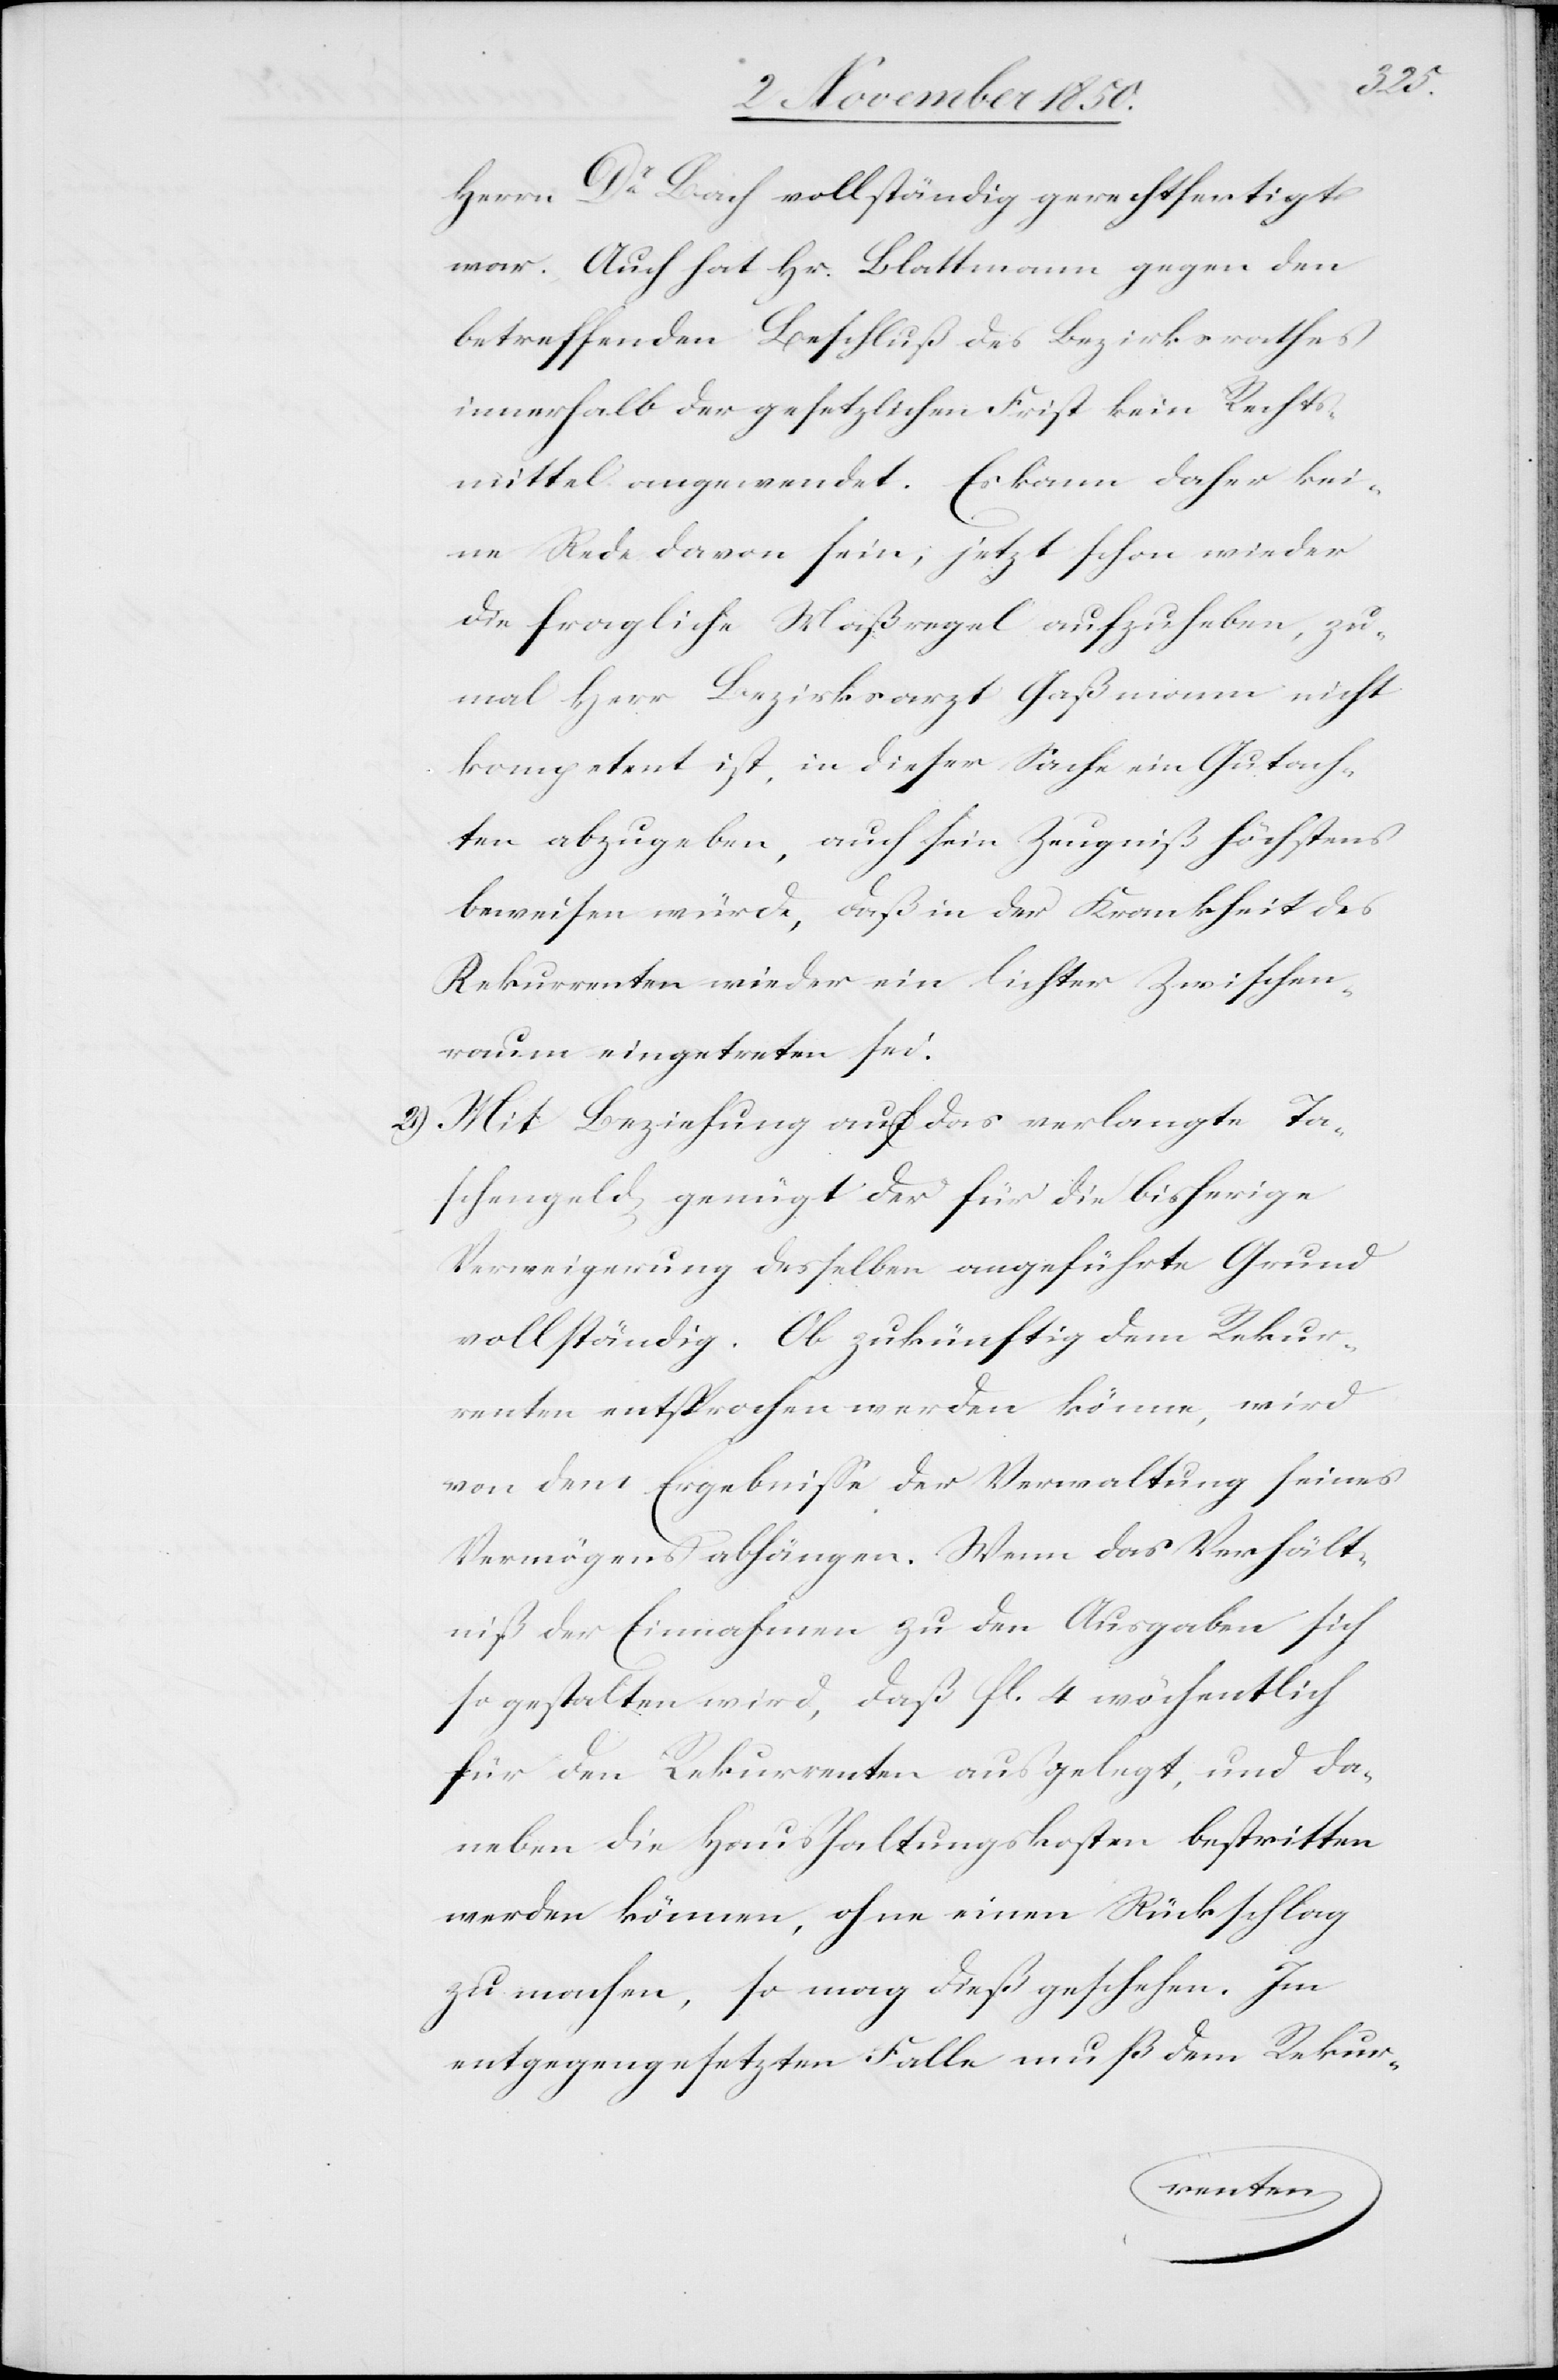
Herrn Dr Bach vollständig gerechtfertigt
war. Auch hat Hr. Blattmann gegen den
betreffenden Beschluß des Bezirksrathes
innerhalb der gesetzlichen Frist kein Rechts¬
mittel angewendet. Es kann daher kei¬
ne Rede davon sein, jetzt schon wieder
die fragliche Maßregel aufzuheben, zu¬
mal Herr Bezirksarzt Gaßmann nicht
kompetent ist, in dieser Sache ein Gutach¬
ten abzugeben, auch sein Zeugniß höchstens
beweisen würde, daß in der Krankheit des
Rekurrenten wieder ein lichter Zwischen¬
raum eingetreten sei.
2) Mit Beziehung auf das verlangte Ta¬
schengeld genügt der für die bisherige
Verweigerung desselben angeführte Grund
vollständig. Ob zukünftig dem Rekur¬
renten entsprochen werden könne, wird
von dem Ergebnisse der Verwaltung seines
Vermögens abhängen. Wenn das Verhält¬
niß der Einnahmen zu den Ausgaben sich
so gestalten wird, daß fl. 4 wöchentlich
für den Rekurrenten ausgelegt, und da¬
neben die Haushaltungskosten bestritten
werden können, ohne einen Rückschlag
zu machen, so mag dieß geschehen. Im
entgegengesetzten Falle muß dem Rekur-